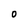
Character: O